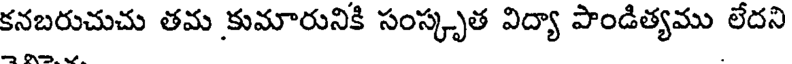
కనబరుచుచు తమ కుమారునికి సంస్కృత విద్యా పాండిత్యము లేదని